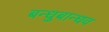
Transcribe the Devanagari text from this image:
बन्धुबान्धव